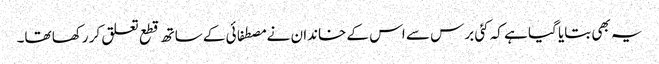
یہ بھی بتایا گیا ہے کہ کئی برس سے اس کے خاندان نے مصطفائی کے ساتھ قطع تعلق کر رکھا تھا۔